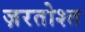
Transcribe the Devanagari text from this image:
ज़रतोश्त